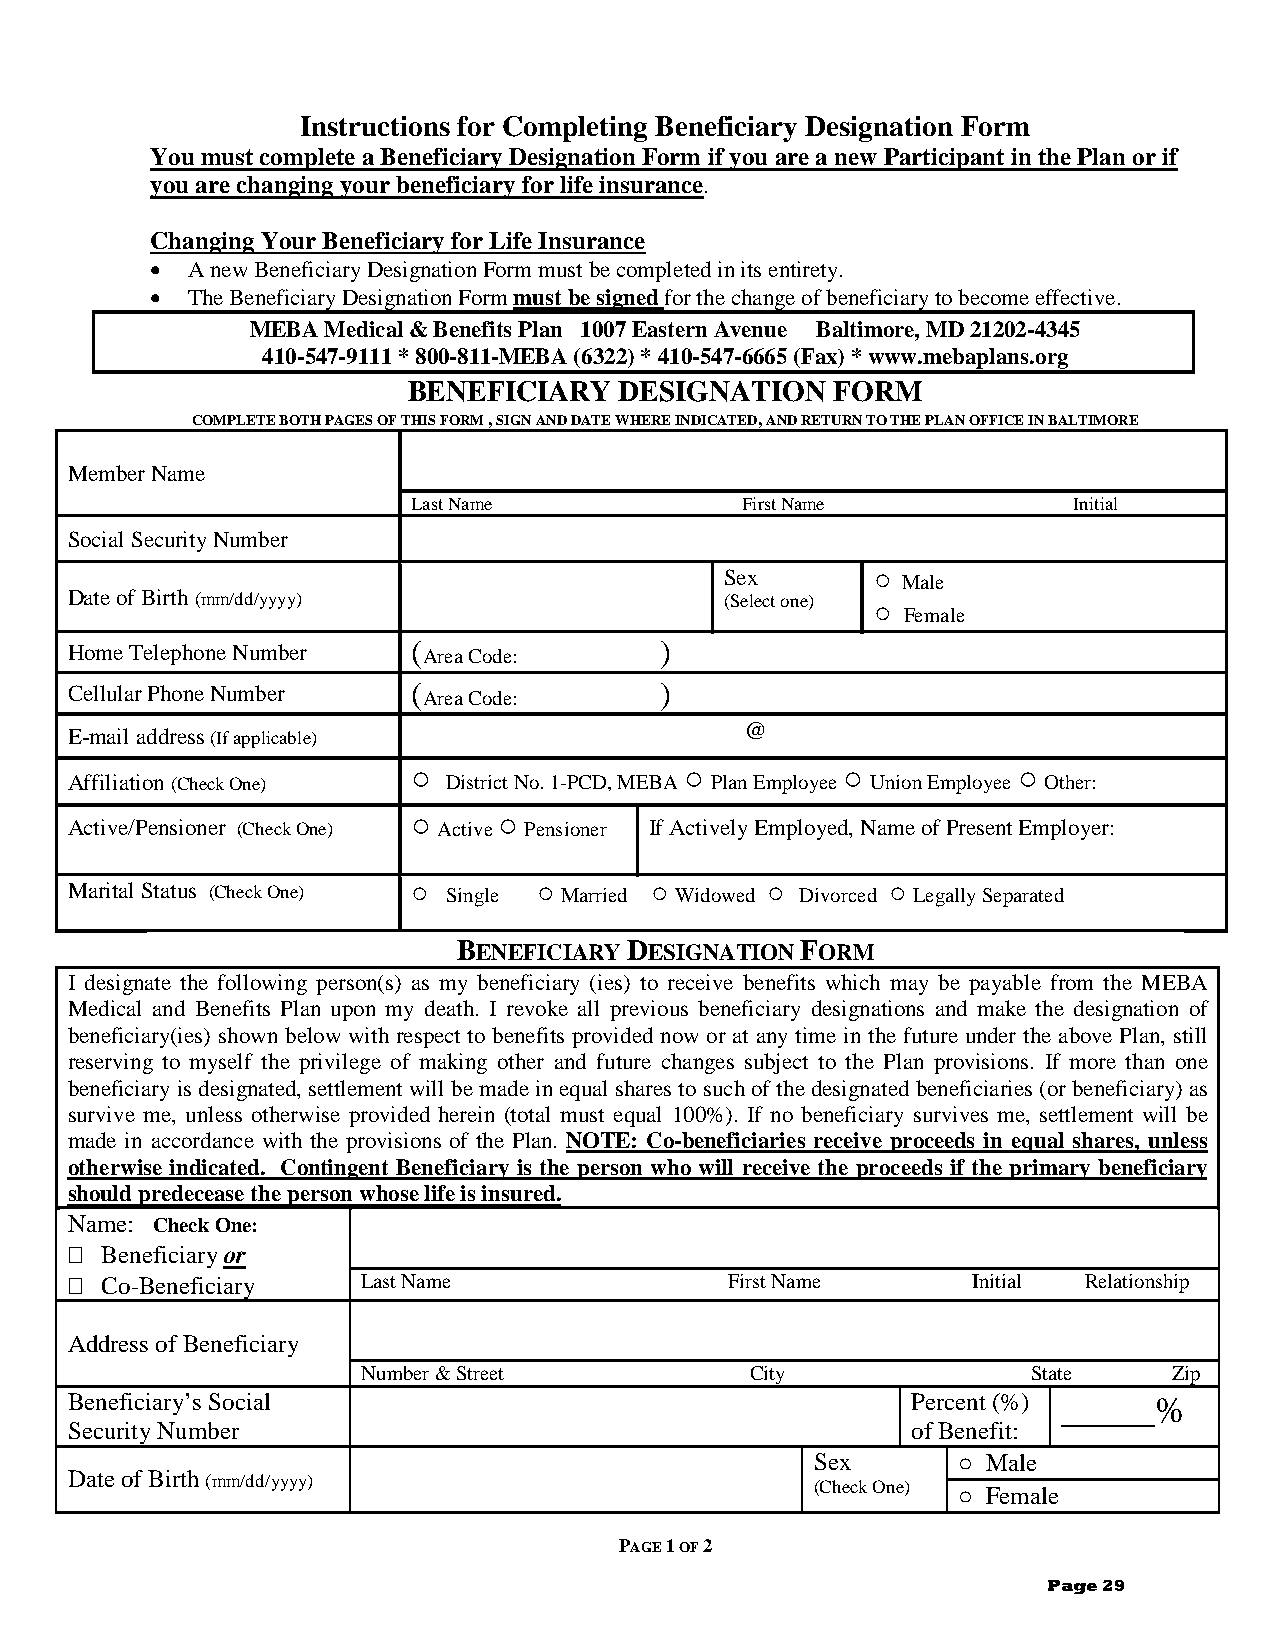
Instructions for Completing Beneficiary Designation Form
 You must complete a Beneficiary Designation Form if you are a new Participant in the Plan or if
 you are changing your beneficiary for life insurance.
 Changing Your Beneficiary for Life Insurance
 • A new Beneficiary Designation Form must be completed in its entirety.
 • The Beneficiary Designation Form must be signed for the change of beneficiary to become effective.
 MEBA Medical & Benefits Plan 1007 Eastern Avenue Baltimore, MD 21202-4345
 410-547-9111 * 800-811-MEBA (6322) * 410-547-6665 (Fax) * www.mebaplans.org
 BENEFICIARY   DESIGNATION   FORM
 COMPLETE BOTH PAGES OF THIS FORM , SIGN AND DATE WHERE INDICATED, AND RETURN TO THE PLAN OFFICE IN BALTIMORE
 Member Name
 Last Name             First Name            Initial
 Social Security Number
 Sex         Male
 ○
 Date of Birth (mm/dd/yyyy)                  (Select one)
 Female
 ○
 Home Telephone Number  ( Area Code:     )
 Cellular Phone Number  ( Area Code:     )
 @
 E-mail address (If applicable)
 Affiliation (Check One) ○ District No. 1-PCD, MEBA○ Plan Employee ○ Union Employee ○ Other:
 Active/Pensioner (Check One) ○ Active○ Pensioner If Actively Employed, Name of Present Employer:
 Marital Status (Check One) Single Married Widowed Divorced Legally Separated
 ○        ○      ○       ○       ○
 BENEFICIARY DESIGNATION FORM
 I designate the following person(s) as my beneficiary (ies) to receive benefits which may be payable from the MEBA
 Medical and Benefits Plan upon my death. I revoke all previous beneficiary designations and make the designation of
 beneficiary(ies) shown below with respect to benefits provided now or at any time in the future under the above Plan, still
 reserving to myself the privilege of making other and future changes subject to the Plan provisions. If more than one
 beneficiary is designated, settlement will be made in equal shares to such of the designated beneficiaries (or beneficiary) as
 survive me, unless otherwise provided herein (total must equal 100%). If no beneficiary survives me, settlement will be
 made in accordance with the provisions of the Plan. NOTE: Co-beneficiaries receive proceeds in equal shares, unless
 otherwise indicated. Contingent Beneficiary is the person who will receive the proceeds if the primary beneficiary
 should predecease the person whose life is insured.
 Name: Check One:
   Beneficiary or
   Co-Beneficiary   Last Name               First Name      Initial Relationship
 Address of Beneficiary
 Number & Street           City              State     Zip
 Beneficiary’s Social                                    Percent (%) _____%
 Security Number                                         of Benefit:
 Sex        Male
 Date of Birth (mm/dd/yyyy)                        (Check One) ○
 Female
 ○
 PAGE 1 OF 2
 Page 29